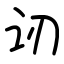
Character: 讱